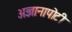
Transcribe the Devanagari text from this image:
अज्ञानापोटी